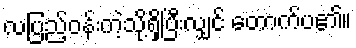
လပြည့်ဝန်းကဲ့သို့ရှိပြီးလျှင် တောက်ပ၏။